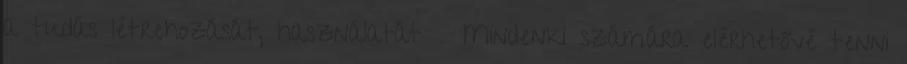
a tudás létrehozását, használatát  Mindenki számára elérhetővé tenni